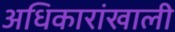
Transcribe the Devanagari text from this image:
अधिकारांखाली